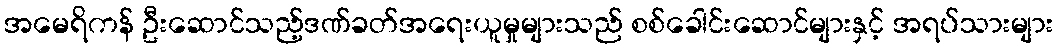
အမေရိကန် ဦးဆောင်သည့်ဒဏ်ခတ်အရေးယူမှုများသည် စစ်ခေါင်းဆောင်များနှင့် အရပ်သားများ